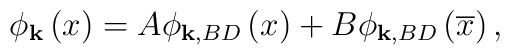
\phi _{\mathbf{k}}\left( x\right) =A\phi _{\mathbf{k,}BD}\left( x\right)+B\phi _{\mathbf{k,}BD}\left( \overline{x}\right) ,